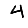
Digit: 4